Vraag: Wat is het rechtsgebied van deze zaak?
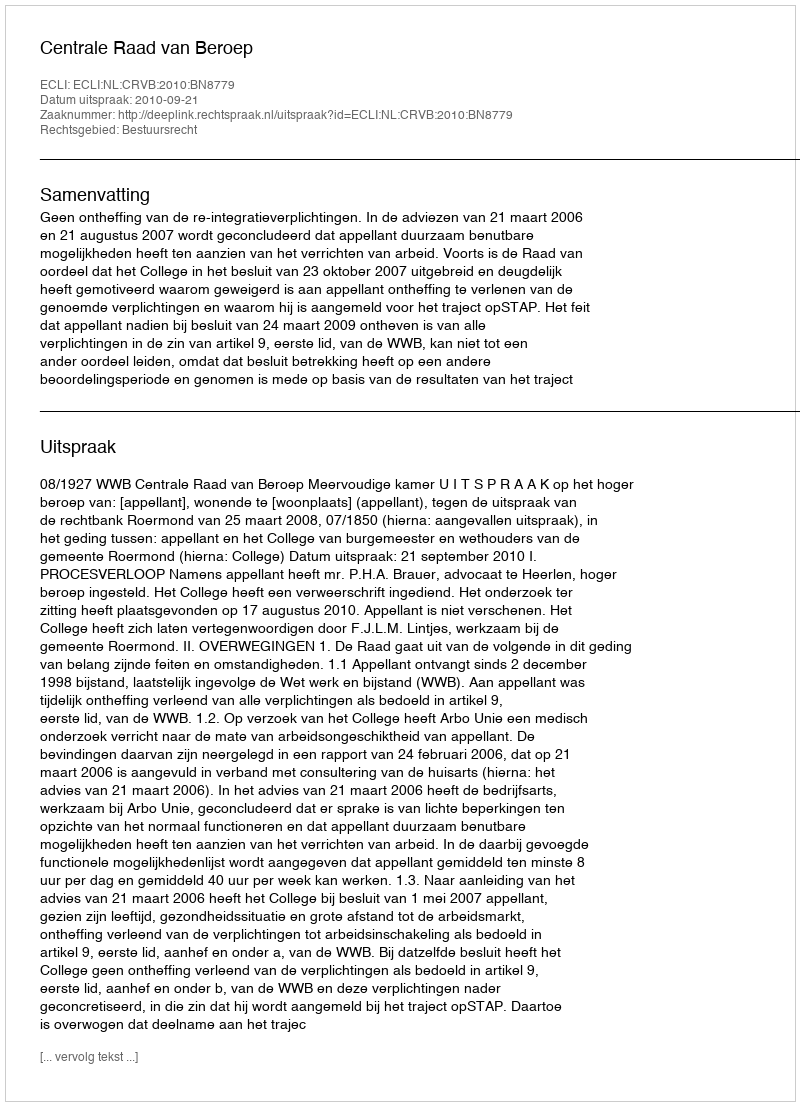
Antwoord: Bestuursrecht